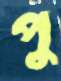
পু